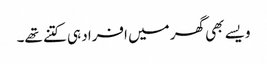
ویسے بھی گھر میں افراد ہی کتنے تھے۔